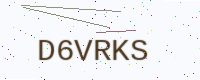
Text: D6VRKS